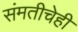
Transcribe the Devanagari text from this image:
संमतीचेही